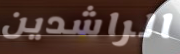
الراشدين